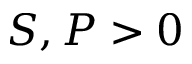
S , P > 0